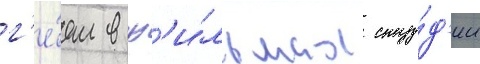
г'е́ем в ф'и́льмах сту́д'ии